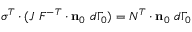
{ \boldsymbol { \sigma } } ^ { T } \cdot ( J ~ { \boldsymbol { F } } ^ { - T } \cdot \mathbf { n } _ { 0 } ~ d \Gamma _ { 0 } ) = { \boldsymbol { N } } ^ { T } \cdot \mathbf { n } _ { 0 } ~ d \Gamma _ { 0 }